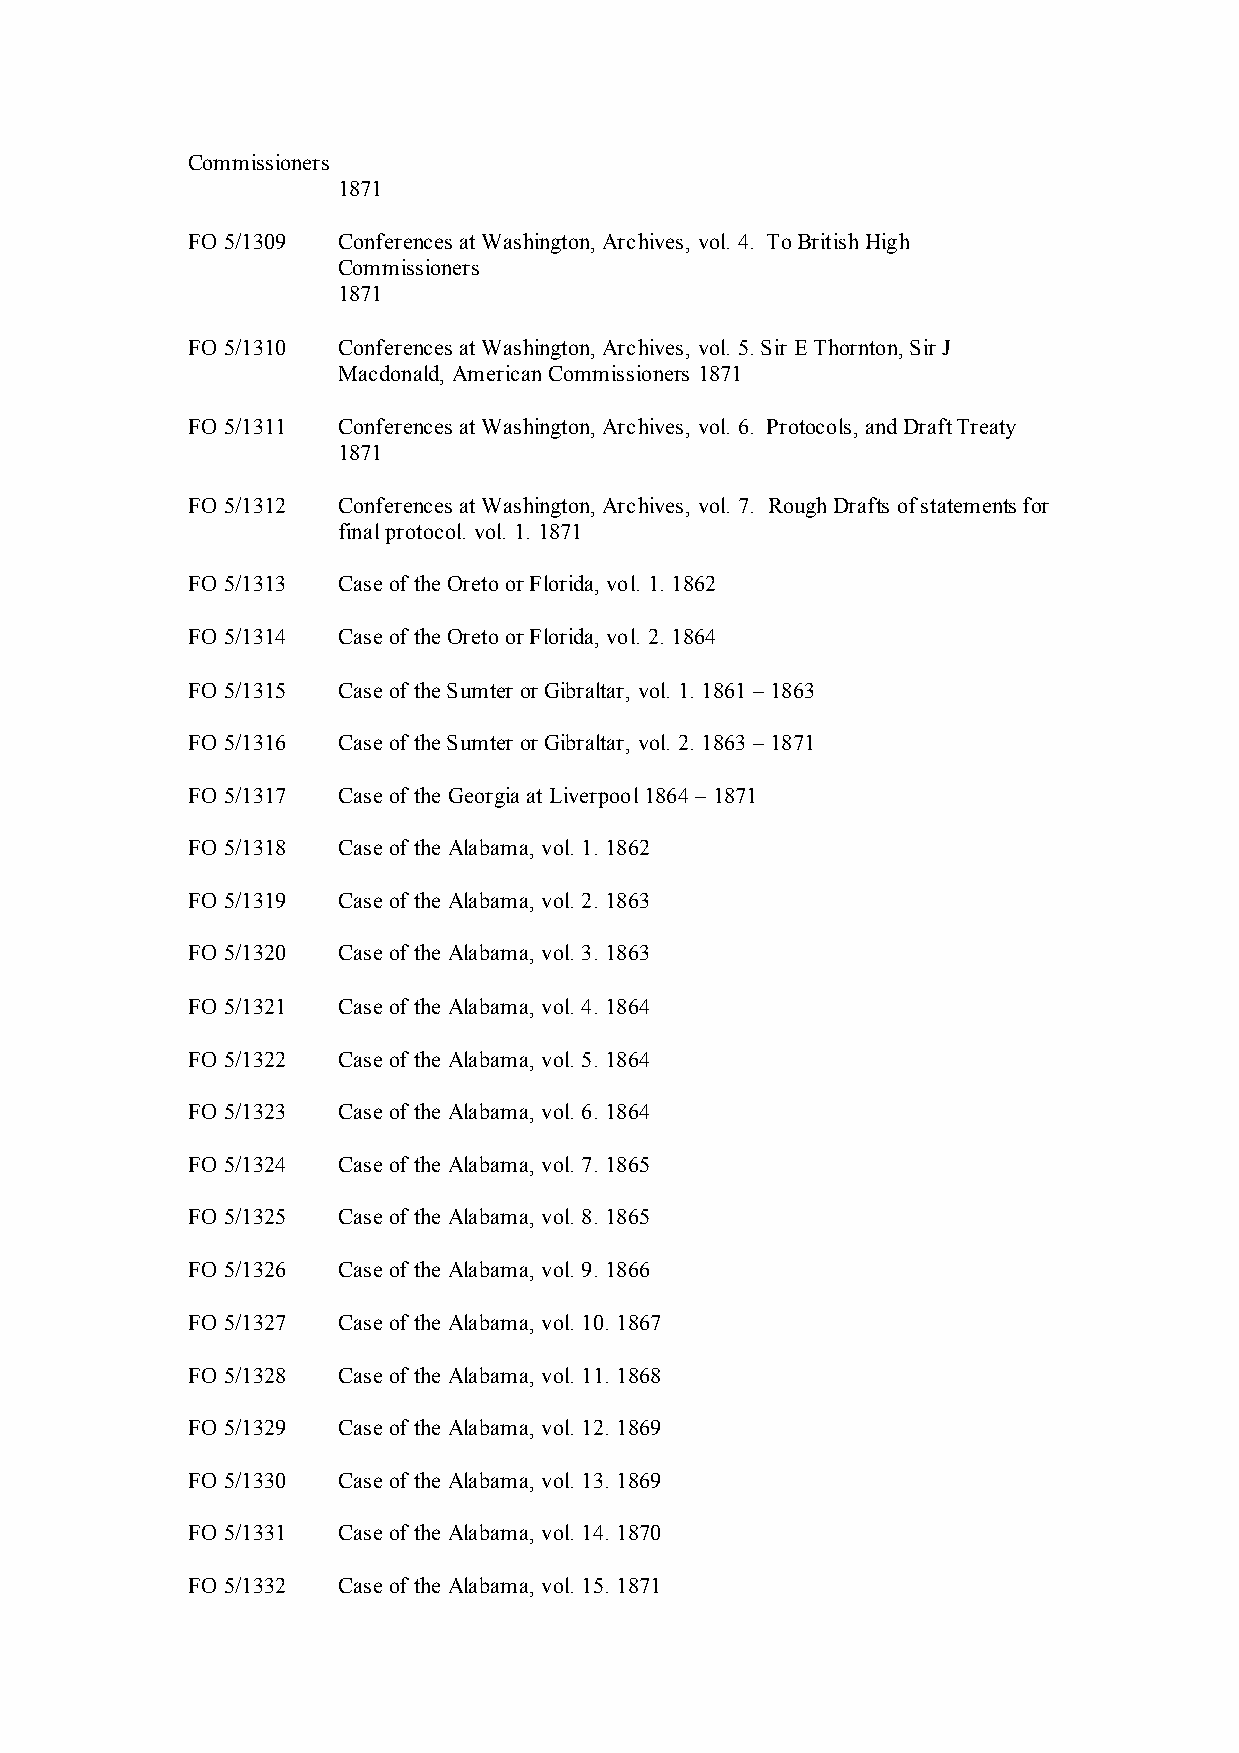
Commissioners
 1871
 FO 5/1309 Conferences at Washington, Archives, vol. 4. To British High
 Commissioners
 1871
 FO 5/1310 Conferences at Washington, Archives, vol. 5. Sir E Thornton, Sir J
 Macdonald, American Commissioners 1871
 FO 5/1311 Conferences at Washington, Archives, vol. 6. Protocols, and Draft Treaty
 1871
 FO 5/1312 Conferences at Washington, Archives, vol. 7. Rough Drafts of statements for
 final protocol. vol. 1. 1871
 FO 5/1313 Case of the Oreto or Florida, vol. 1. 1862
 FO 5/1314 Case of the Oreto or Florida, vol. 2. 1864
 FO 5/1315 Case of the Sumter or Gibraltar, vol. 1. 1861 – 1863
 FO 5/1316 Case of the Sumter or Gibraltar, vol. 2. 1863 – 1871
 FO 5/1317 Case of the Georgia at Liverpool 1864 – 1871
 FO 5/1318 Case of the Alabama, vol. 1. 1862
 FO 5/1319 Case of the Alabama, vol. 2. 1863
 FO 5/1320 Case of the Alabama, vol. 3. 1863
 FO 5/1321 Case of the Alabama, vol. 4. 1864
 FO 5/1322 Case of the Alabama, vol. 5. 1864
 FO 5/1323 Case of the Alabama, vol. 6. 1864
 FO 5/1324 Case of the Alabama, vol. 7. 1865
 FO 5/1325 Case of the Alabama, vol. 8. 1865
 FO 5/1326 Case of the Alabama, vol. 9. 1866
 FO 5/1327 Case of the Alabama, vol. 10. 1867
 FO 5/1328 Case of the Alabama, vol. 11. 1868
 FO 5/1329 Case of the Alabama, vol. 12. 1869
 FO 5/1330 Case of the Alabama, vol. 13. 1869
 FO 5/1331 Case of the Alabama, vol. 14. 1870
 FO 5/1332 Case of the Alabama, vol. 15. 1871